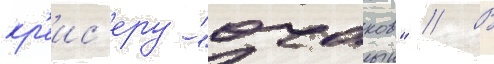
кр'еис'еру "очаков" // В